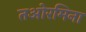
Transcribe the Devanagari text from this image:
तओरमिना